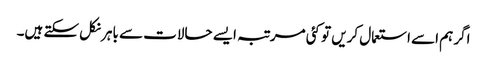
اگر ہم اسے استعمال کریں تو کئی مرتبہ ایسے حالات سے باہر نکل سکتے ہیں۔